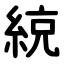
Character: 綂